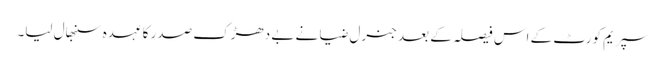
سپریم کورٹ کے اس فیصلہ کے بعد جنرل ضیا نے بے دھڑک صدر کا عہدہ سنبھال لیا۔